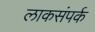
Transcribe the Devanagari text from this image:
लाकसंपर्क